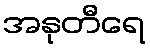
အနုတီရေ